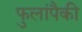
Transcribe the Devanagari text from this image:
फुलांपैकी